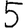
Digit: 5